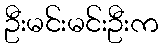
ဦးမင်းမင်းဦးက